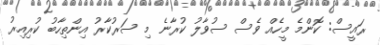
ރައީސް: ކޮންމެ މީހެއް ވެސް ސުވާލު ކުރާނެ މި ސަރުކާރު އިންތިހާބު ކުރިއިރު